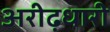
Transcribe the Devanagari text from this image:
अरीढ़धारी